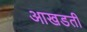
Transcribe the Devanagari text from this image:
आखडती